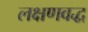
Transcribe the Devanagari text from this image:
लक्षणवद्ध